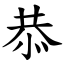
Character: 恭